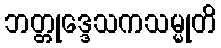
ဘတ္တုဒ္ဒေသကသမ္မုတိ